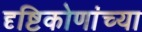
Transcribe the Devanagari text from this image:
दृष्टिकोणांच्या